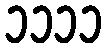
၁၁၁၁